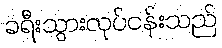
ခရီးသွားလုပ်ငန်းသည်